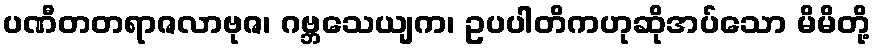
ပဏီတတရာဇလာဗုဇ၊ ဂဗ္ဘသေယျက၊ ဥပပါတိကဟုဆိုအပ်သော မိမိတို့